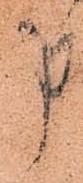
申